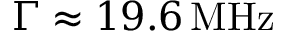
\Gamma \approx 1 9 . 6 \, \mathrm { M H z }